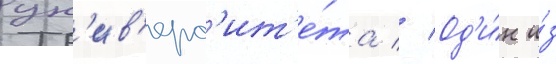
ун'ив'ерс'ит'е́та // Од'и́н и́з